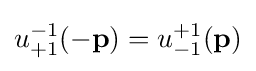
u_{+1}^{-1}(\mathbf {-p} )=u_{-1}^{+1}(\mathbf {p} )